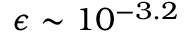
\epsilon \sim 1 0 ^ { - 3 . 2 }